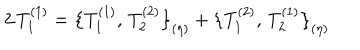
LaTeX: 2 \, T _ { 1 } ^ { ( 1 ) } = \bigl \{ T _ { 1 } ^ { ( 1 ) } , \, T _ { 2 } ^ { ( 2 ) } \bigr \} _ { ( \eta ) } + \bigl \{ T _ { 1 } ^ { ( 2 ) } , \, T _ { 2 } ^ { ( 1 ) } \bigr \} _ { ( \eta ) }